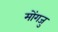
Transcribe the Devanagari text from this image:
मोंगजु